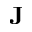
\mathbf { J }